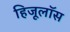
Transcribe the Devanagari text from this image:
हिजूलॉस